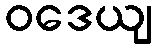
ဝဒေယျ